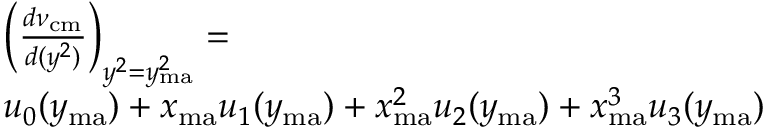
\begin{array} { r l } { ~ ~ ~ } & { \left( \frac { d \nu _ { \mathrm { c m } } } { d ( y ^ { 2 } ) } \right) _ { y ^ { 2 } = y _ { \mathrm { m a } } ^ { 2 } } = } \\ & { u _ { 0 } ( y _ { \mathrm { m a } } ) + x _ { \mathrm { m a } } u _ { 1 } ( y _ { \mathrm { m a } } ) + x _ { \mathrm { m a } } ^ { 2 } u _ { 2 } ( y _ { \mathrm { m a } } ) + x _ { \mathrm { m a } } ^ { 3 } u _ { 3 } ( y _ { \mathrm { m a } } ) } \end{array}